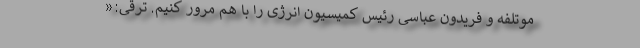
موتلفه و فریدون عباسی رئیس کمیسیون انرژی را با هم مرور کنیم. ترقی:«